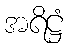
အရိဋ္ဌံ